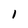
Character: I